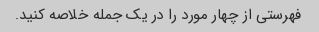
فهرستی از چهار مورد را در یک جمله خلاصه کنید.